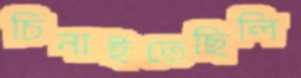
চিনাইতেছিলি